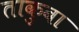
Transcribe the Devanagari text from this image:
ताकुबा